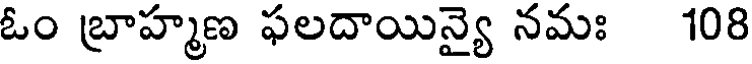
ఓం బ్రాహ్మణ ఫలదాయిన్యై నమః 108